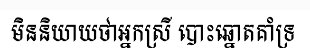
មិននិយាយថាអ្នកស្រី បោះឆ្នោតគាំទ្រ